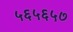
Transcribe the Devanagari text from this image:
५६५६५७